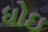
ધોઇ